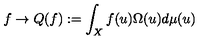
f \rightarrow Q ( f ) : = \int _ { X } f ( u ) \Omega ( u ) d \mu ( u )